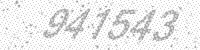
Solution: 941543